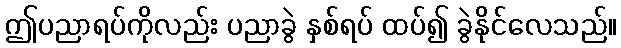
ဤပညာရပ်ကိုလည်း ပညာခွဲ နှစ်ရပ် ထပ်၍ ခွဲနိုင်လေသည်။